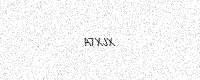
Text: A7XJX